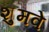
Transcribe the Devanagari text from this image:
शुमवे